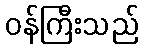
ဝန်ကြီးသည်